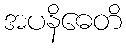
အပနိဓေတိ